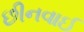
છીનવાઈ